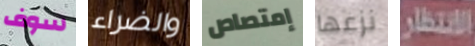
سوف والضراء إمتصاص نزعها الانتظار